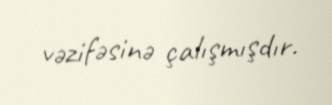
vəzifəsinə çalışmışdır.